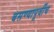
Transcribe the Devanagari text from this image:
बसण्यापूर्वीच